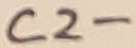
Text: C2-